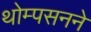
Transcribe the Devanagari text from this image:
थोम्पसनने